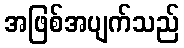
အဖြစ်အပျက်သည်